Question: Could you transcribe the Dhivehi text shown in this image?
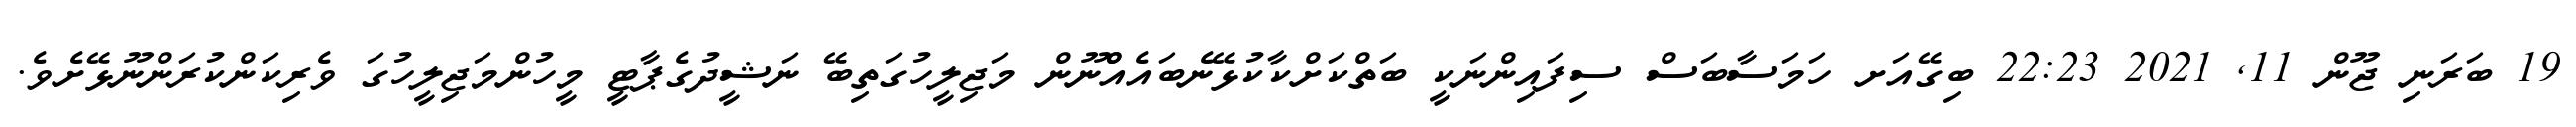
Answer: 19 ބަރަނި ޖޫން 11, 2021 22:23 ބިގޭއަށ ހަމަސާބަސް ސިފައިންނަކީ ބަތްކަށްކާކުޅޭނެބައެއްްނޫން މަޖިލީހުގަތިބޭ ނަޝީދުގެޕާޓީ މީހުންމަޖިލީހުގަ ވެރިކަންކުރަންނޫޅޭށެވެ.